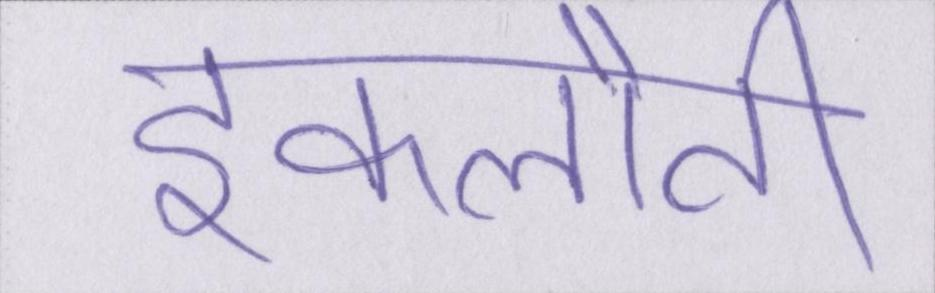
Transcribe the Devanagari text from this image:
इकलौती